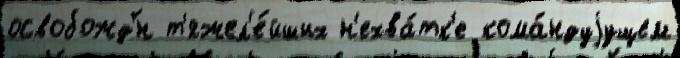
освобожд'́н т'яжел'е́йших н'ехва́тк'е кома́ндуjущем